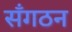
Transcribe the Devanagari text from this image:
सँगठन